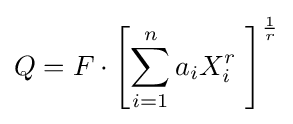
Q=F\cdot \left[\sum _{i=1}^{n}a_{i}X_{i}^{r}\ \right]^{\frac {1}{r}}